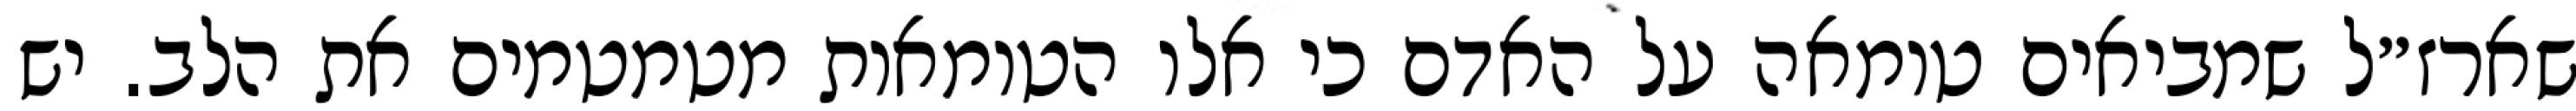
שארז״ל שמביאים טומאה על האדם כי אלו הטומאות מטמטמים את הלב. יש